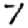
Digit: 7